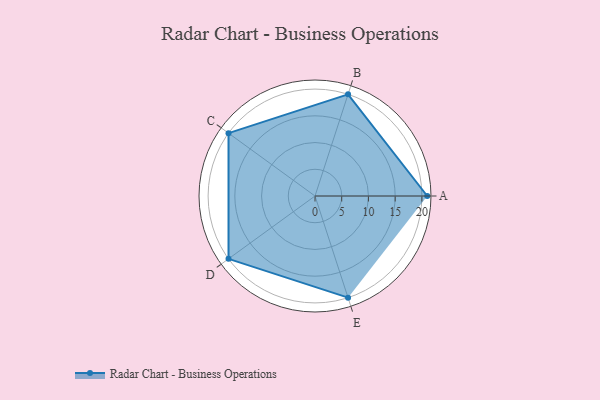
{"axis": {"x": "Skill", "y": "Score"}, "legend": ["Profile"], "data": [{"x": "A", "y": 21.0, "type": "Profile"}, {"x": "B", "y": 20.0, "type": "Profile"}, {"x": "C", "y": 20, "type": "Profile"}, {"x": "D", "y": 20, "type": "Profile"}, {"x": "E", "y": 20, "type": "Profile"}]}